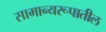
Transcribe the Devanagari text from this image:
सामान्यरूपातील